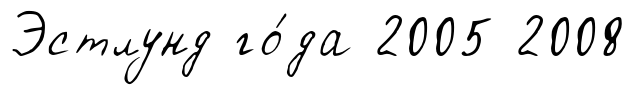
Эстлунд го́да 2005 2008